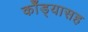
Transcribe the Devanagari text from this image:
कोँड्यासह